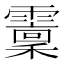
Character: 𩆐